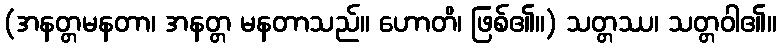
(အနတ္တမနတာ၊ အနတ္တ မနတာသည်။ ဟောတိ၊ ဖြစ်၏။) သတ္တဿ၊ သတ္တဝါ၏။